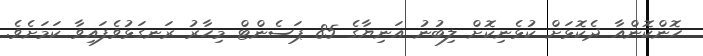
ހޮންކޮންއާ ދެކޮޅަށް ކުޅެނިކޮށް ލިބުނު އަނިޔާގެ 85 ޕަސެންޓް މިހާރު ރަނގަޅުވެފައިވާ ކަމަށެވެ.